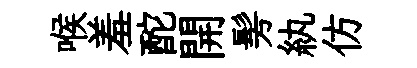
喉羞酡開髣紈仿